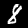
Digit: 8